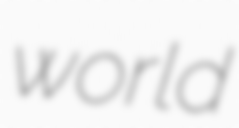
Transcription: world